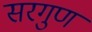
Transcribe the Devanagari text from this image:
सरगुण